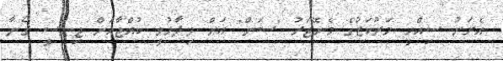
އެރަށު ސިއްހީ މަރުކަޒުގެ މެނޭޖަރު "ސަން" އަށް ވިދާޅުވީ ކުއްޖާއަށް ޖިންސީ ގޯނާ